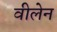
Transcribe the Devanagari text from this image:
वीलेन